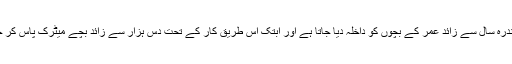
اس میں پندرہ سال سے زائد عمر کے بچوں کو داخلہ دیا جاتا ہے اور ابتک اس طریق کار کے تحت دس ہزار سے زائد بچے میٹرک پاس کر چکے ہیں۔